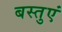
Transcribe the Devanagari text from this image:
बस्तुएं